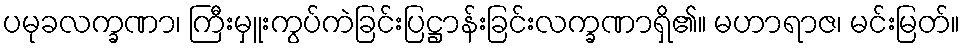
ပမုခလက္ခဏာ၊ ကြီးမှူးကွပ်ကဲခြင်းပြဋ္ဌာန်းခြင်းလက္ခဏာရှိ၏။ မဟာရာဇ၊ မင်းမြတ်။